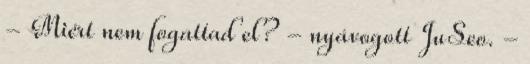
- Miért nem fogattad el? - nyávogott JuSeo. -